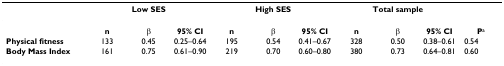
<table><thead><tr><td></td><td colspan="3"><b>Low SES</b></td><td colspan="3"><b>High SES</b></td><td colspan="3"><b>Total sample</b></td><td></td></tr></thead><tbody><tr><td></td><td><b>n</b></td><td><b>β</b></td><td><b>95% CI</b></td><td><b>n</b></td><td><b>β</b></td><td><b>95% CI</b></td><td><b>n</b></td><td><b>β</b></td><td><b>95% CI</b></td><td><b>P</b><sup>a</sup></td></tr><tr><td><b>Physical fitness</b></td><td>133</td><td>0.45</td><td>0.25–0.64</td><td>195</td><td>0.54</td><td>0.41–0.67</td><td>328</td><td>0.50</td><td>0.38–0.61</td><td>0.54</td></tr><tr><td><b>Body Mass Index</b></td><td>161</td><td>0.75</td><td>0.61–0.90</td><td>219</td><td>0.70</td><td>0.60–0.80</td><td>380</td><td>0.73</td><td>0.64–0.81</td><td>0.60</td></tr></tbody></table>